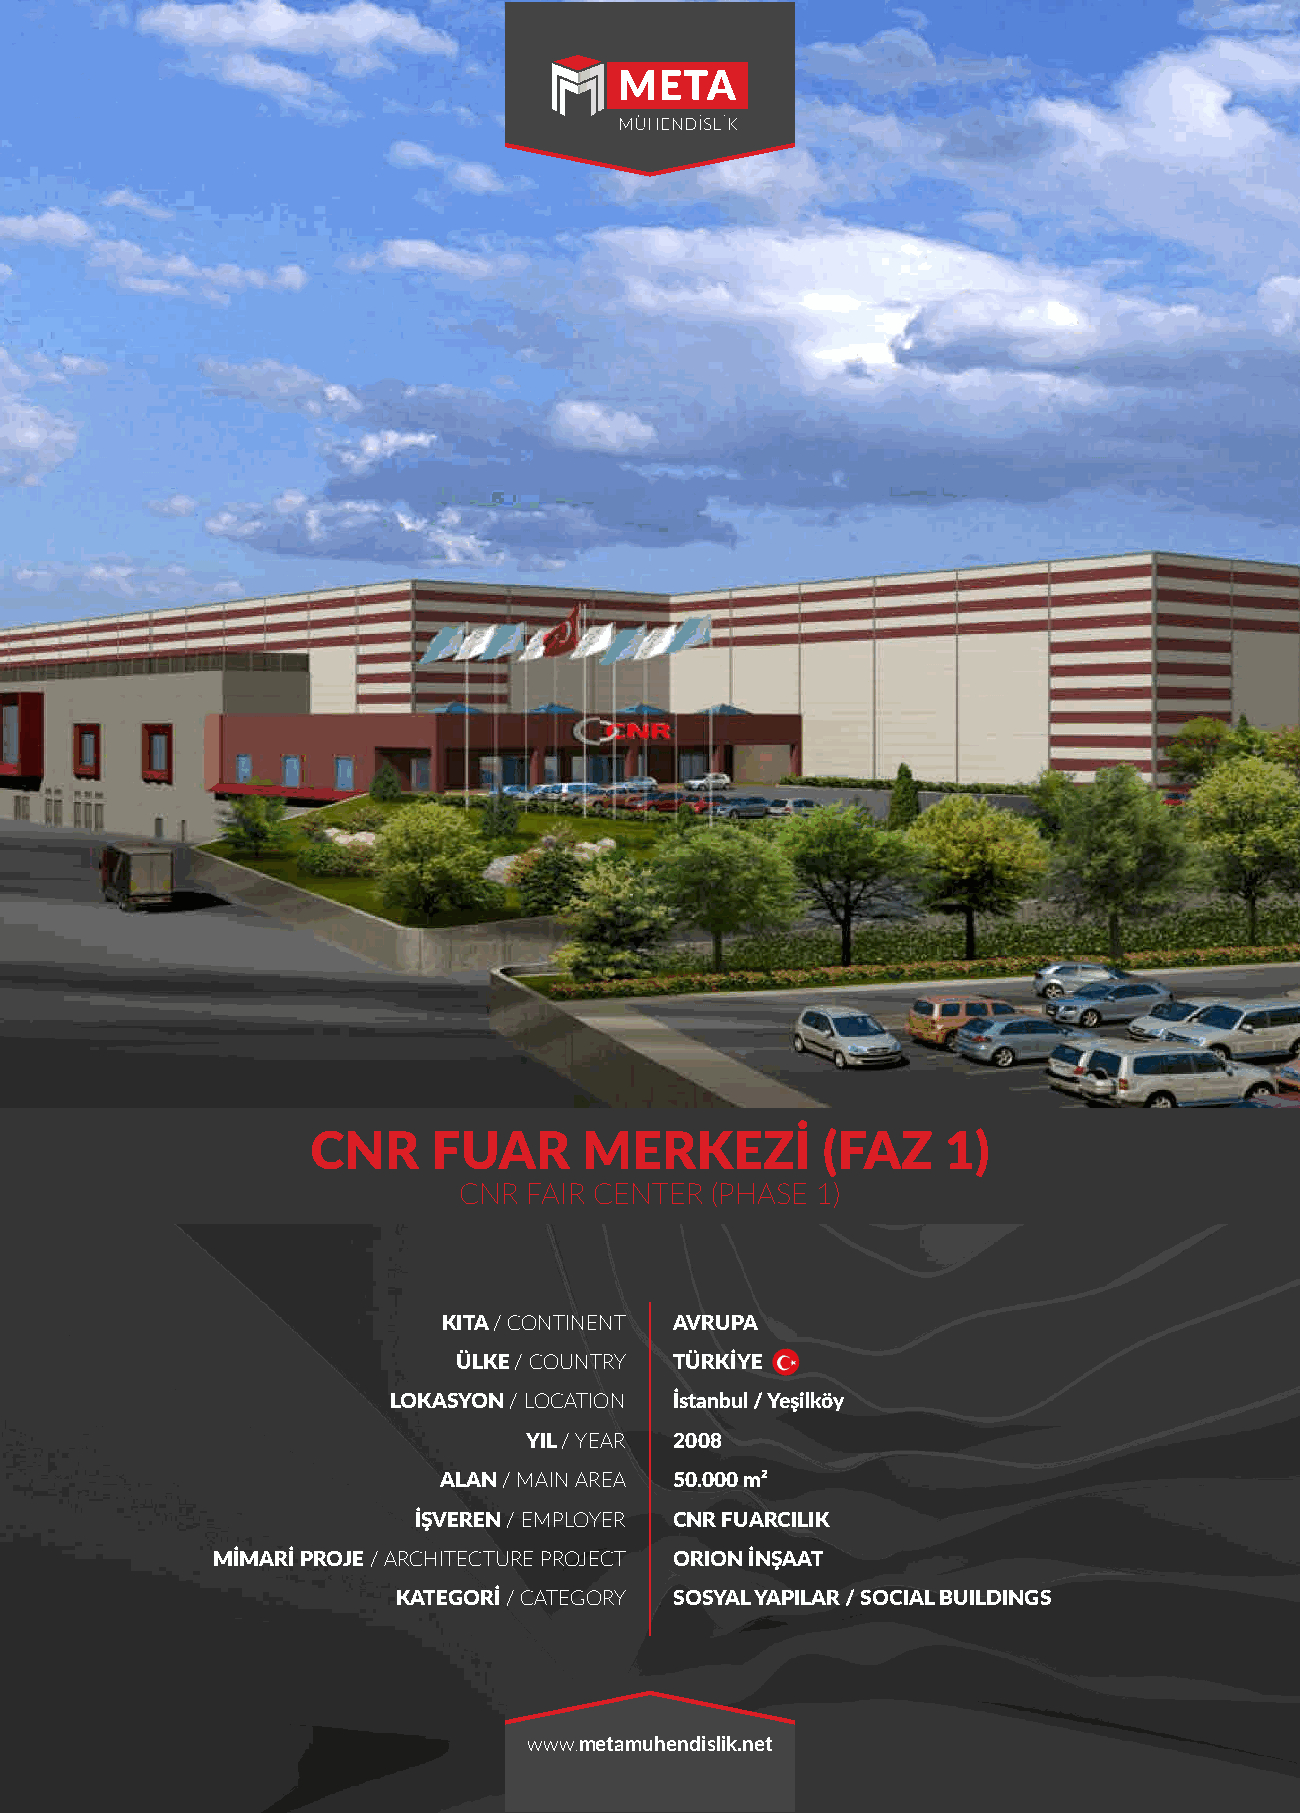
CNR     FUAR      MERKEZİ        (FAZ     1)
 CNR  FAIR CENTER (PHASE 1)
 KITA / CONTINENT AVRUPA
 ÜLKE / COUNTRY TÜRKİYE
 LOKASYON / LOCATION İstanbul / Yeşilköy
 YIL / YEAR 2008
 ALAN / MAIN AREA 50.000 m²
 İŞVEREN / EMPLOYER CNR FUARCILIK
 MİMARİ PROJE / ARCHITECTURE PROJECT ORION İNŞAAT
 KATEGORİ / CATEGORY SOSYAL YAPILAR / SOCIAL BUILDINGS
 www.metamuhendislik.net